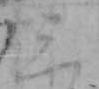
三